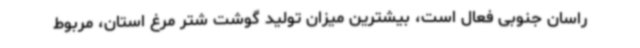
راسان‌ جنوبی فعال است، بیشترین میزان تولید گوشت شتر مرغ استان، مربوط